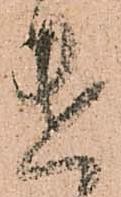
遣